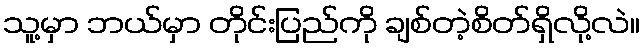
သူ့မှာ ဘယ်မှာ တိုင်းပြည်ကို ချစ်တဲ့စိတ်ရှိလို့လဲ။